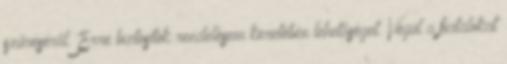
szűréséről. Erre biztosítok rendelésem keretében lehetőséget. Végül a fiatalokat